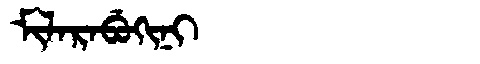
Manchu: ᠮᡳᠯᠠᡵᠠᠪᡠᡴᡳᠨᡳ
Romanization: MILARABUKINI